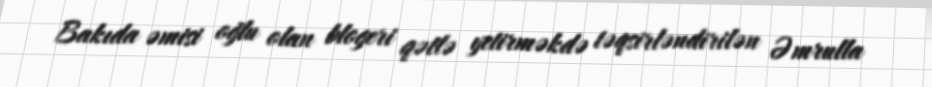
Bakıda əmisi oğlu olan blogeri qətlə yetirməkdə təqsirləndirilən Əmrulla